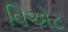
વિએટ